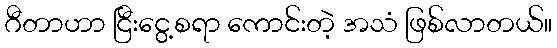
ဂီတာဟာ ငြီးငွေ့စရာ ကောင်းတဲ့ အသံ ဖြစ်လာတယ်။